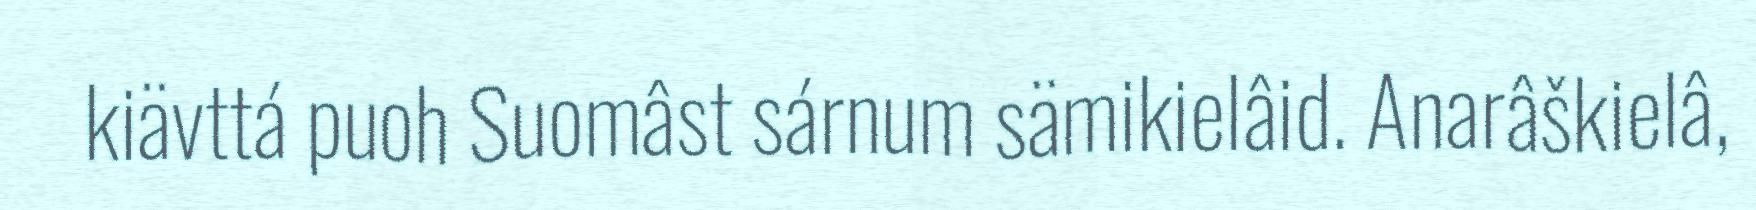
kiävttá puoh Suomâst sárnum sämikielâid. Anarâškielâ,